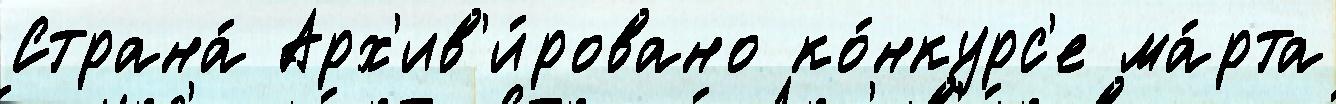
Страна́ Арх'ив'и́ровано ко́нкурс'е ма́рта